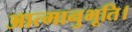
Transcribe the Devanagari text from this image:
आत्मानुभूति।